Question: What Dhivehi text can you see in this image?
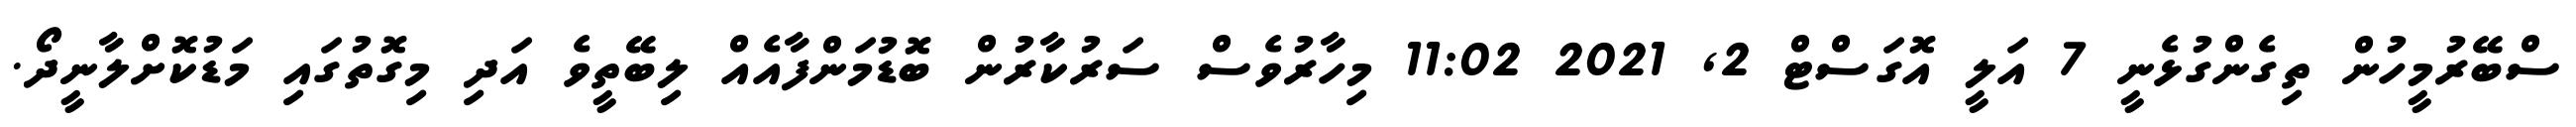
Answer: ސްބޭރުމީހުން ތިގެންގުޅެނީ 7 އަލީ އޮގަސްޓް 2, 2021 11:02 މިހާރުވެސް ސަރުކާރުން ބޮޑުމަންފާއެއް ލިބޭތީވެ އަދި މިގޮތުގައި މަޑުކޮށްލާނީދޯ.